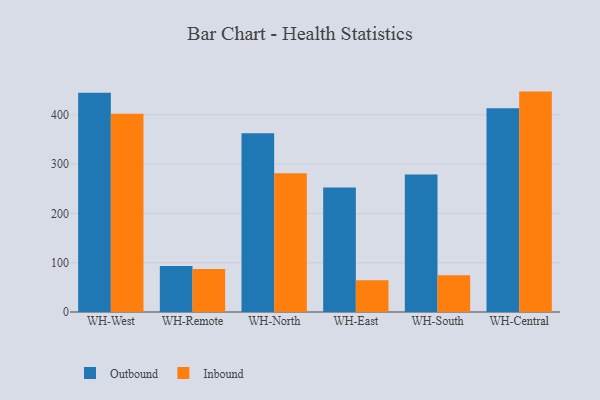
{"axis": {"x": "Warehouse", "y": "Revenue (USD Million)"}, "legend": ["Inbound", "Outbound"], "data": [{"x": "WH-West", "y": 444.7, "type": "Outbound"}, {"x": "WH-West", "y": 402.2, "type": "Inbound"}, {"x": "WH-Remote", "y": 93.1, "type": "Outbound"}, {"x": "WH-Remote", "y": 87.2, "type": "Inbound"}, {"x": "WH-North", "y": 362.7, "type": "Outbound"}, {"x": "WH-North", "y": 281.3, "type": "Inbound"}, {"x": "WH-East", "y": 252.8, "type": "Outbound"}, {"x": "WH-East", "y": 64.2, "type": "Inbound"}, {"x": "WH-South", "y": 279.2, "type": "Outbound"}, {"x": "WH-South", "y": 74.5, "type": "Inbound"}, {"x": "WH-Central", "y": 413.3, "type": "Outbound"}, {"x": "WH-Central", "y": 447.2, "type": "Inbound"}]}